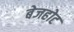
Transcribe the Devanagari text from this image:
बेजहोट